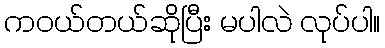
ကဝယ်တယ်ဆိုပြီး မပါလဲ လုပ်ပါ။